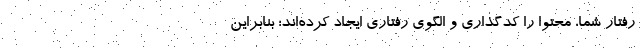
رفتار شما، محتوا را کدگذاری و الگوی رفتاری ایجاد کرده‌اند؛ بنابراین